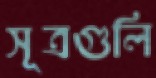
সূত্রগুলি